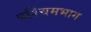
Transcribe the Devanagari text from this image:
पश्‍चिमभाग